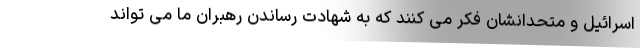
اسرائیل و متحدانشان فکر می کنند که به شهادت رساندن رهبران ما می تواند